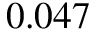
0 . 0 4 7